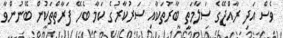
ވެސް އަދި ރާއްޖޭގެ ސަލާމަތީ ބާރުތަކާއި ސަރުކާރުގެ ކަމާ ބެހޭ ފަރާތްތަކުން ބޭނުންވާ